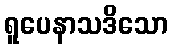
ရူပေနာသဒိသော